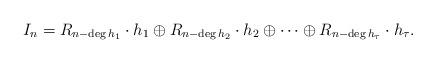
LaTeX: \begin{align*}I_n = R_{n-\deg h_1}\cdot h_1\oplus R_{n-\deg h_2}\cdot h_2\oplus\cdots \oplus R_{n-\deg h_\tau} \cdot h_\tau. \end{align*}